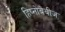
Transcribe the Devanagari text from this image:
हिप्नोबेबीज